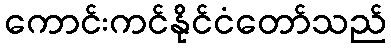
ကောင်းကင်နိုင်ငံတော်သည်